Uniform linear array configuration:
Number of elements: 48
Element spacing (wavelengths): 1
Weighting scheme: binomial
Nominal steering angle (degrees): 60
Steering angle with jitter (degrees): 58.852
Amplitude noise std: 0.05
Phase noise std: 0.05

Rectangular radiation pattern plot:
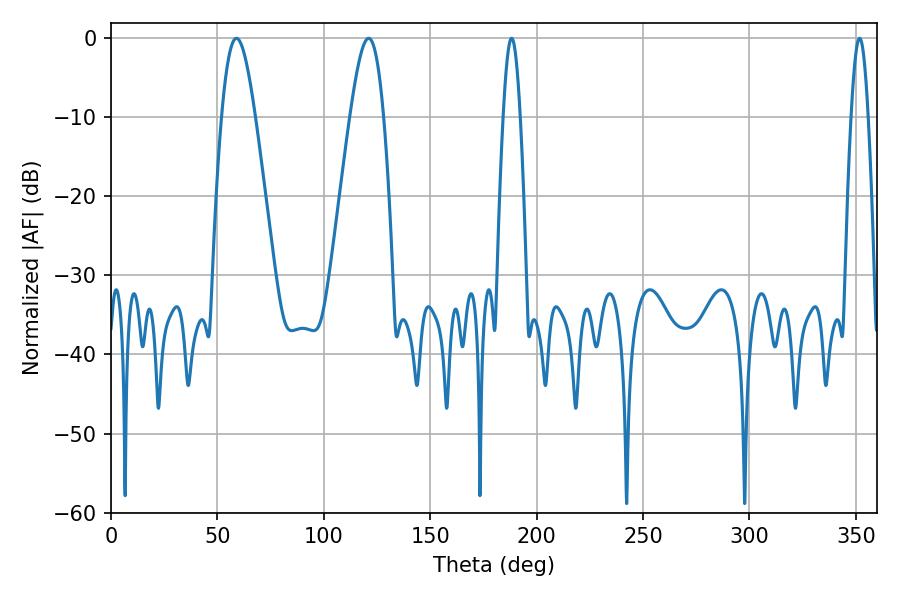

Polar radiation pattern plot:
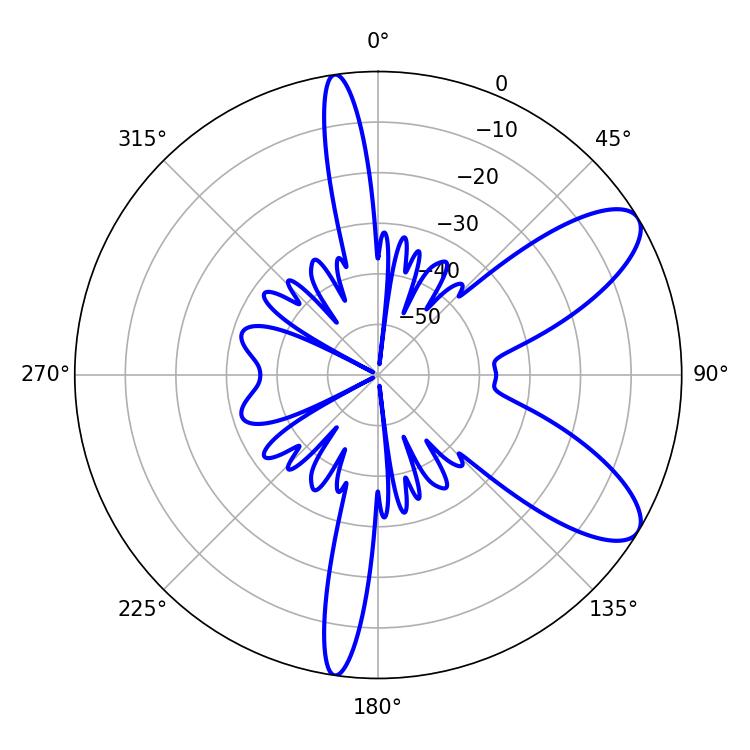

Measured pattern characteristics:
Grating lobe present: TRUE
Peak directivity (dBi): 8.956
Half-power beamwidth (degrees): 4.32
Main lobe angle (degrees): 188.28